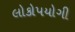
લોકોપયોગી